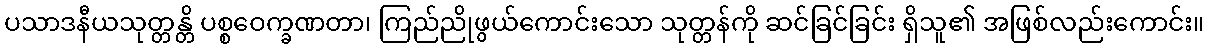
ပသာဒနီယသုတ္တန္တိ ပစ္စဝေက္ခဏတာ၊ ကြည်ညိုဖွယ်ကောင်းသော သုတ္တန်ကို ဆင်ခြင်ခြင်း ရှိသူ၏ အဖြစ်လည်းကောင်း။